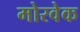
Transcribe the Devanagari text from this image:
मोरवेक